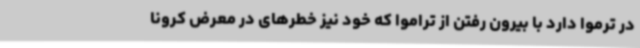
در ترموا دارد با بیرون رفتن از تراموا که خود نیز خطرهای در معرض کرونا